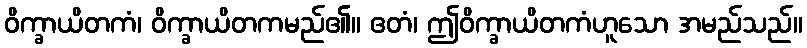
ဝိက္ခာယိတကံ၊ ဝိက္ခာယိတကမည်၏။ ဧတံ၊ ဤဝိက္ခာယိတကံဟူသော အမည်သည်။